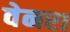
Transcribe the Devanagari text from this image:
वेनरा